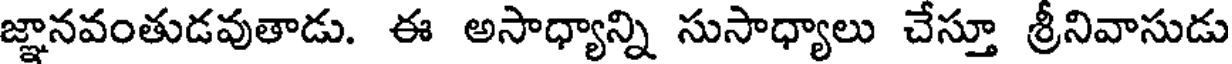
జ్ఞానవంతుడవుతాడు. ఈ అసాధ్యాన్ని సుసాధ్యాలు చేస్తూ శ్రీనివాసుడు